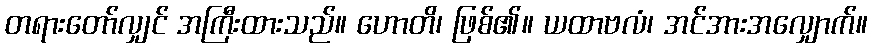
တရားတော်လျှင် အကြီးထားသည်။ ဟောတိ၊ ဖြစ်၏။ ယထာဗလံ၊ အင်အားအလျှောက်။